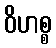
ဝိဟစ္စ